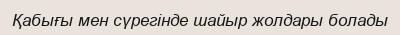
Қабығы мен сүрегінде шайыр жолдары болады